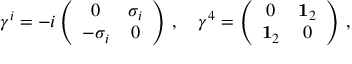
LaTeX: \gamma ^ { i } = - i \left( \begin{array} { c c } { { 0 } } & { { \sigma _ { i } } } \\ { { - \sigma _ { i } } } & { { 0 } } \end{array} \right) \, , \quad \gamma ^ { 4 } = \left( \begin{array} { c c } { { 0 } } & { { { \bf 1 } _ { 2 } } } \\ { { { \bf 1 } _ { 2 } } } & { { 0 } } \end{array} \right) \, ,